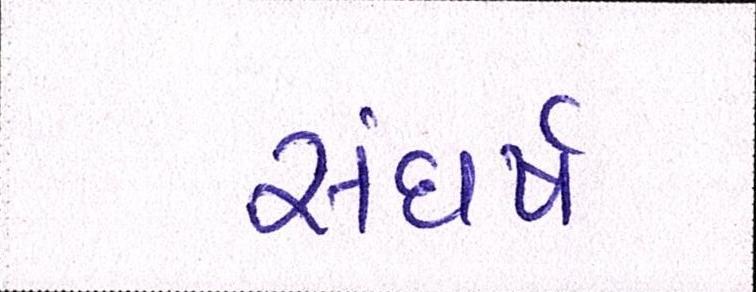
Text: સંઘર્ષ